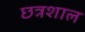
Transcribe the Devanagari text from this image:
छत्रशाल